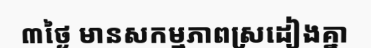
៣ថ្ងៃ មានសកម្មភាពស្រដៀងគ្នា